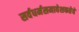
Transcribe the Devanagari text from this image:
सर्वधर्मसमावेशकतेचे